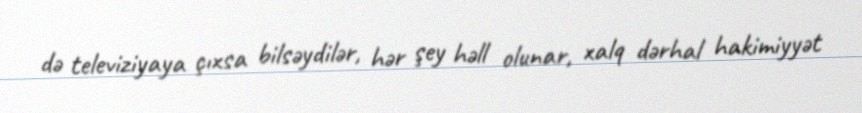
də televiziyaya çıxsa bilsəydilər, hər şey həll olunar, xalq dərhal hakimiyyət